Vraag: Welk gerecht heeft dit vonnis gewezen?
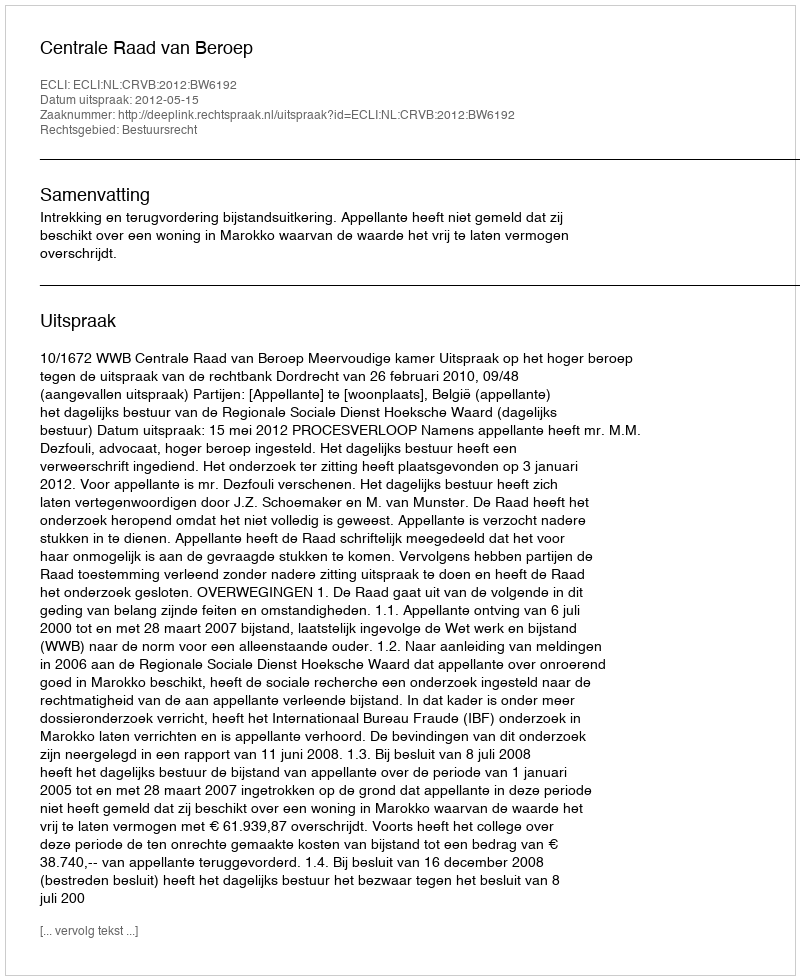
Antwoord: Centrale Raad van Beroep